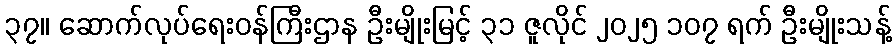
၃၇။ ဆောက်လုပ်ရေးဝန်ကြီးဌာန ဦးမျိုးမြင့် ၃၁ ဇူလိုင် ၂၀၂၅ ၁၀၇ ရက် ဦးမျိုးသန့်